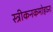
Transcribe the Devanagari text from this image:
स्त्रीकनकमोहघ्नः